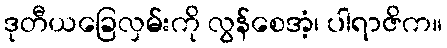
ဒုတီယခြေလှမ်းကို လွန်စေအံ့၊ ပါရာဇိက။